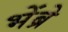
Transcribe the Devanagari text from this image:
भेंब्रे